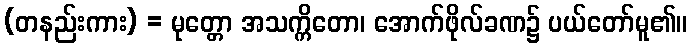
(တနည်းကား) = မုတ္တော အသက္ကိတော၊ အောက်ဖိုလ်ခဏ၌ ပယ်တော်မူ၏။